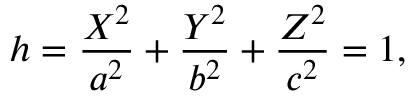
h = { \frac { X ^ { 2 } } { a ^ { 2 } } } + { \frac { Y ^ { 2 } } { b ^ { 2 } } } + { \frac { Z ^ { 2 } } { c ^ { 2 } } } = 1 ,